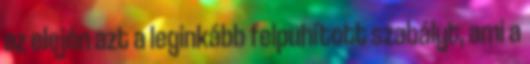
az elején azt a leginkább felpuhított szabályt, ami a